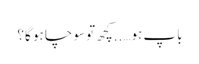
باپ ہو…..کچھ تو سوچا ہو گا؟